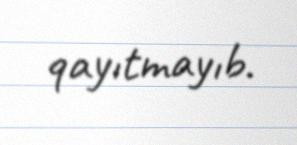
qayıtmayıb.